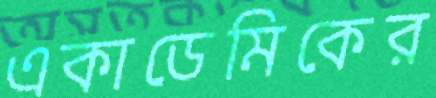
একাডেমিকের